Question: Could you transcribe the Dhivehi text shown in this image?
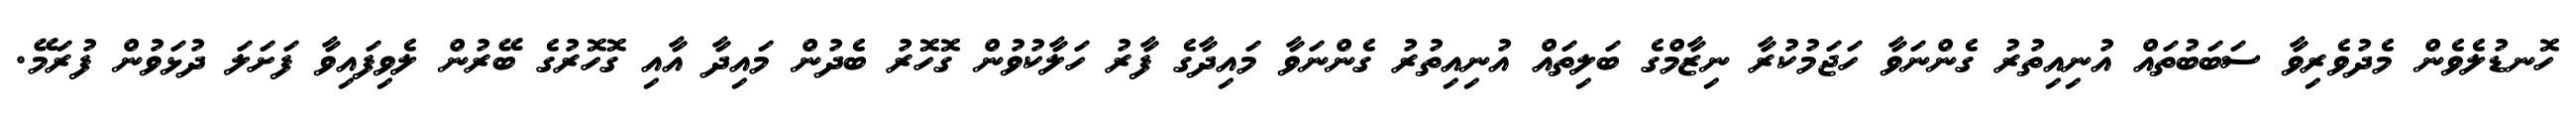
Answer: ހޮނޑުލެވެން މެދުވެރިވާ ސަބަބުތައް އުނިއިތުރު ގެންނަވާ ހަޖަމުކުރާ ނިޒާމްގެ ބަލިތައް އުނިއިތުރު ގެންނަވާ މައިދާގެ ފާރު ހަލާކުވުން ގޮހޮރު ބެދުން މައިދާ އާއި ގޮހޮރުގެ ބޭރުން ލެވިފައިވާ ފަށަލަ ދުޅަވުން ފުރަމޭ.